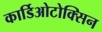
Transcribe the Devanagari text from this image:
कार्डिओटोक्सिन